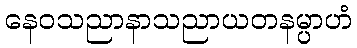
နေဝသညာနာသညာယတနမ္ပာဟံ